Vaccination in Bombay 1856-1862 - 1856-1862
Year: 1856
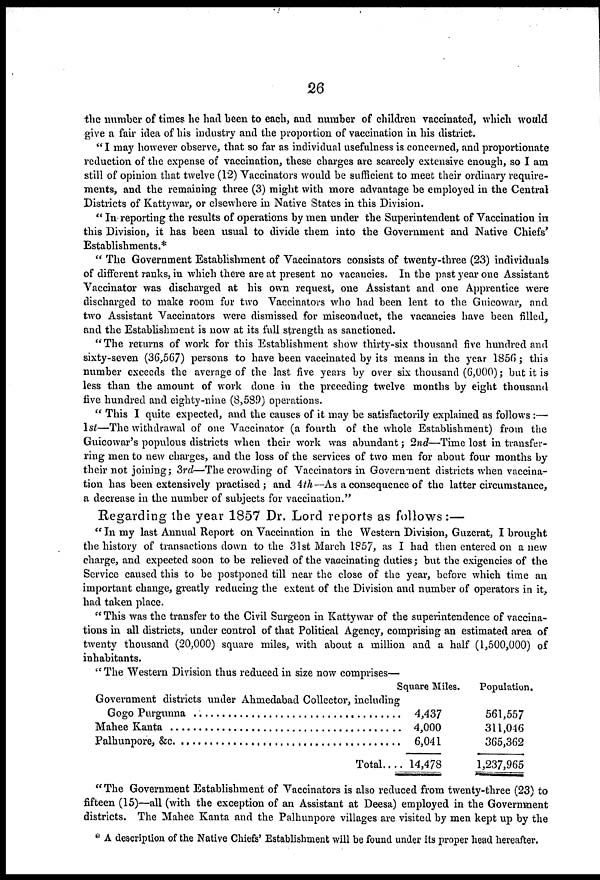
26
the number of times he had been to each, and number of children vaccinated, which would
give a fair idea of his industry and the proportion of vaccination in his district.
"I may however observe, that so far as individual usefulness is concerned, and proportionate
reduction of the expense of vaccination, these charges are scarcely extensive enough, so I am
still of opinion that twelve (12) Vaccinators would be sufficient to meet their ordinary require-
ments, and the remaining three (3) might with more advantage be employed in the Central
Districts of Kattywar, or elsewhere in Native States in this Division.
"In reporting the results of operations by men under the Superintendent of Vaccination in
this Division, it has been usual to divide them into the Government and Native Chiefs'
Establishments.*
"The Government Establishment of Vaccinators consists of twenty-three (23) individuals
of different ranks, in which there are at present no vacancies. In the past year one Assistant
Vaccinator was discharged at his own request, one Assistant and one Apprentice were
discharged to make room for two Vaccinators who had been lent to the Guicowar, and
two Assistant Vaccinators were dismissed for misconduct, the vacancies have been filled,
and the Establishment is now at its full strength as sanctioned.
"The returns of work for this Establishment show thirty-six thousand five hundred and
sixty-seven (36,567) persons to have been vaccinated by its means in the year 1856; this
number exceeds the average of the last five years by over six thousand (6,000) ; but it is
less than the amount of work done in the preceding twelve months by eight thousand
five hundred and eighty-nine (8,589) operations.
"This I quite expected, and the causes of it may be satisfactorily explained as follows:—
1st—The withdrawal of one Vaccinator (a fourth of the whole Establishment) from the
Guicowar's populous districts when their work was abundant; 2nd—Time lost in transfer-
ring men to new charges, and the loss of the services of two men for about four months by
their not joining; 3rd—The crowding of Vaccinators in Government districts when vaccina-
tion has been extensively practised; and 4th—As a consequence of the latter circumstance,
a decrease in the number of subjects for vaccination."
Regarding the year 1857 Dr. Lord reports as follows:—
"In my last Annual Report on Vaccination in the Western Division, Guzerat, I brought
the history of transactions down to the 31st March 1857, as I had then entered on a new
charge, and expected soon to be relieved of the vaccinating duties; but the exigencies of the
Service caused this to be postponed till near the close of the year, before which time an
important change, greatly reducing the extent of the Division and number of operators in it,
had taken place.
"This was the transfer to the Civil Surgeon in Kattywar of the superintendence of vaccina-
tions in all districts, under control of that Political Agency, comprising an estimated area of
twenty thousand (20,000) square miles, with about a million and a half (1,500,000) of
inhabitants.
"The Western Division thus reduced in size now comprises—
Government districts under Ahmedabad Collector, including
Gogo Purgunna ..................................................
Mahee Kanta .......................................
Palhunpore, &c. ........................................
Total....
Square Miles.
4,437
4,000
6,041
14,478
Population.
561,557
311,046
365,362
1,237,965
"The Government Establishment of Vaccinators is also reduced from twenty-three (23) to
fifteen (15)—all (with the exception of an Assistant at Deesa) employed in the Government
districts. The Mahee Kanta and the Palhunpore villages are visited by men kept up by the
* A description of the Native Chiefs' Establishment will be found under its proper head hereafter.